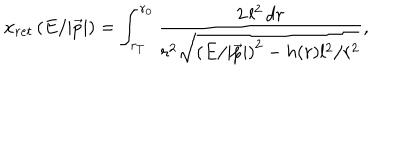
x _ { r e t } \left( E / | \vec { p } | \right) = \int _ { r _ { T } } ^ { r _ { 0 } } \frac { 2 \, l ^ { 2 } \, d r } { r ^ { 2 } \sqrt { \left( E / | \vec { p } | \right) ^ { 2 } - h ( r ) l ^ { 2 } / r ^ { 2 } } } ,